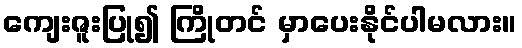
ကျေးဇူးပြု၍ ကြိုတင် မှာပေးနိုင်ပါမလား။